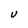
Character: U